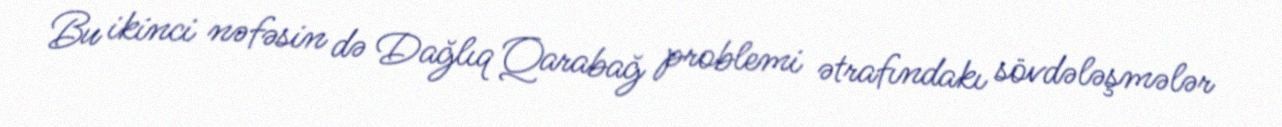
Bu ikinci nəfəsin də Dağlıq Qarabağ problemi ətrafındakı sövdələşmələr